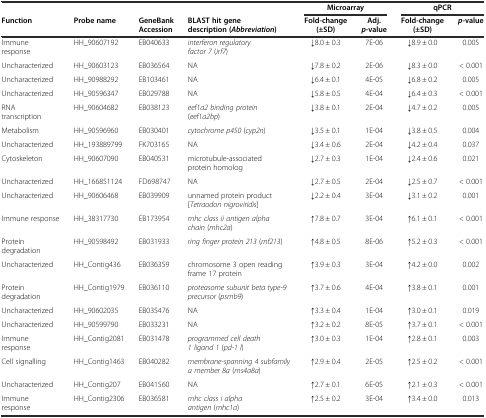
<table><thead><tr><td></td><td></td><td></td><td></td><td colspan="2"><b>Microarray</b></td><td colspan="2"><b>qPCR</b></td></tr><tr><td><b>Function</b></td><td><b>Probe name</b></td><td><b>GeneBank Accession</b></td><td><b>BLAST hit gene description (<i>Abbreviation</i>)</b></td><td><b>Fold-change (±SD)</b></td><td><b>Adj.<i>p</i>-value</b></td><td><b>Fold-change (±SD)</b></td><td><b><i>p</i>-value</b></td></tr></thead><tbody><tr><td>Immune response</td><td>HH_90607192</td><td>EB040633</td><td><i>interferon regulatory factor 7</i> (<i>irf7</i>)</td><td>↓8.0 ± 0.3</td><td>7E-06</td><td>↓8.9 ± 0.0</td><td>0.005</td></tr><tr><td>Uncharacterized</td><td>HH_90603123</td><td>EB036564</td><td>NA</td><td>↓7.8 ± 0.2</td><td>2E-06</td><td>↓8.3 ± 0.0</td><td>&lt; 0.001</td></tr><tr><td>Uncharacterized</td><td>HH_90988292</td><td>EB103461</td><td>NA</td><td>↓6.4 ± 0.1</td><td>4E-05</td><td>↓6.8 ± 0.2</td><td>0.005</td></tr><tr><td>Uncharacterized</td><td>HH_90596347</td><td>EB029788</td><td>NA</td><td>↓5.8 ± 0.5</td><td>4E-04</td><td>↓6.4 ± 0.3</td><td>&lt; 0.001</td></tr><tr><td>RNA transcription</td><td>HH_90604682</td><td>EB038123</td><td><i>eef1a2 binding protein</i> (<i>eef1a2bp</i>)</td><td>↓3.8 ± 0.1</td><td>2E-04</td><td>↓4.7 ± 0.2</td><td>0.005</td></tr><tr><td>Metabolism</td><td>HH_90596960</td><td>EB030401</td><td><i>cytochrome p450</i> (<i>cyp2n</i>)</td><td>↓3.5 ± 0.1</td><td>1E-04</td><td>↓3.8 ± 0.5</td><td>0.004</td></tr><tr><td>Uncharacterized</td><td>HH_193889799</td><td>FK703165</td><td>NA</td><td>↓3.4 ± 0.6</td><td>2E-04</td><td>↓4.2 ± 0.4</td><td>0.037</td></tr><tr><td>Cytoskeleton</td><td>HH_90607090</td><td>EB040531</td><td>microtubule-associated protein homolog</td><td>↓2.7 ± 0.3</td><td>1E-04</td><td>↓2.4 ± 0.6</td><td>0.021</td></tr><tr><td>Uncharacterized</td><td>HH_166851124</td><td>FD698747</td><td>NA</td><td>↓2.7 ± 0.5</td><td>2E-04</td><td>↓2.5 ± 0.7</td><td>&lt; 0.001</td></tr><tr><td>Uncharacterized</td><td>HH_90606468</td><td>EB039909</td><td>unnamed protein product [<i>Tetraodon nigroviridis</i>]</td><td>↓2.2 ± 0.4</td><td>3E-04</td><td>↓3.1 ± 0.2</td><td>0.001</td></tr><tr><td>Immune response</td><td>HH_38317730</td><td>EB173954</td><td><i>mhc class ii antigen alpha chain</i> (<i>mhc2a</i>)</td><td>↑7.8 ± 0.7</td><td>3E-04</td><td>↑6.1 ± 0.1</td><td>&lt; 0.001</td></tr><tr><td>Protein degradation</td><td>HH_90598492</td><td>EB031933</td><td><i>ring finger protein 213</i> (<i>rnf213</i>)</td><td>↑4.8 ± 0.5</td><td>8E-06</td><td>↑5.2 ± 0.3</td><td>&lt; 0.001</td></tr><tr><td>Uncharacterized</td><td>HH_Contig436</td><td>EB036359</td><td>chromosome 3 open reading frame 17 protein</td><td>↑3.9 ± 0.3</td><td>3E-04</td><td>↑4.2 ± 0.0</td><td>0.002</td></tr><tr><td>Protein degradation</td><td>HH_Contig1979</td><td>EB036110</td><td><i>proteasome subunit beta type-9 precursor</i> (<i>psmb9</i>)</td><td>↑3.7 ± 0.6</td><td>4E-04</td><td>↑3.8 ± 0.1</td><td>0.001</td></tr><tr><td>Uncharacterized</td><td>HH_90602035</td><td>EB035476</td><td>NA</td><td>↑3.3 ± 0.4</td><td>1E-04</td><td>↑3.0 ± 0.1</td><td>0.019</td></tr><tr><td>Uncharacterized</td><td>HH_90599790</td><td>EB033231</td><td>NA</td><td>↑3.2 ± 0.2</td><td>8E-05</td><td>↑3.7 ± 0.1</td><td>&lt; 0.001</td></tr><tr><td>Immune response</td><td>HH_Contig2081</td><td>EB031478</td><td><i>programmed cell death 1 ligand 1</i> (<i>pd-1 l</i>)</td><td>↑3.0 ± 0.3</td><td>1E-04</td><td>↑2.8 ± 0.1</td><td>0.003</td></tr><tr><td>Cell signalling</td><td>HH_Contig1463</td><td>EB040282</td><td><i>membrane-spanning 4 subfamily a member 8a</i> (<i>ms4a8a</i>)</td><td>↑2.9 ± 0.4</td><td>2E-05</td><td>↑2.5 ± 0.2</td><td>&lt; 0.001</td></tr><tr><td>Uncharacterized</td><td>HH_Contig207</td><td>EB041560</td><td>NA</td><td>↑2.7 ± 0.1</td><td>6E-05</td><td>↑2.1 ± 0.3</td><td>&lt; 0.001</td></tr><tr><td>Immune response</td><td>HH_Contig2306</td><td>EB036581</td><td><i>mhc class i alpha antigen</i> (<i>mhc1a</i>)</td><td>↑2.5 ± 0.2</td><td>3E-04</td><td>↑3.4 ± 0.0</td><td>0.013</td></tr></tbody></table>